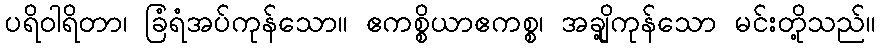
ပရိဝါရိတာ၊ ခြံရံအပ်ကုန်သော။ ဧကစ္စိယာဧကစ္စ၊ အချို့ကုန်သော မင်းတို့သည်။